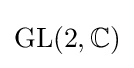
\operatorname {GL} (2,\mathbb {C} )